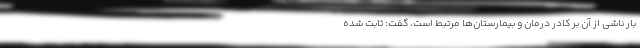
بار ناشی از آن بر کادر درمان و بیمارستان‌ها مرتبط است، گفت: ثابت شده